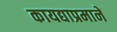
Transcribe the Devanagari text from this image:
कायद्याप्रमाने